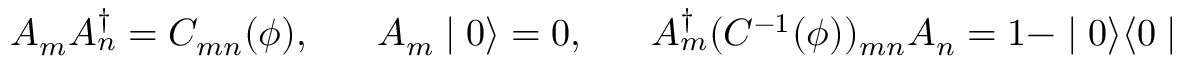
A _ { m } A _ { n } ^ { \dagger } = C _ { m n } ( \phi ) , \; \; \; \; \; \; A _ { m } \mid 0 \rangle = 0 , \; \; \; \; \; \; A _ { m } ^ { \dagger } ( C ^ { - 1 } ( \phi ) ) _ { m n } A _ { n } = 1 - \mid 0 \rangle \langle 0 \mid